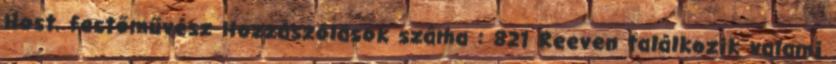
Host, festőművész Hozzászólások száma : 821 Reeven találkozik valami